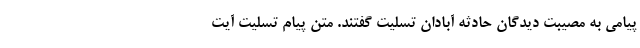
پیامی به مصیبت دیدگان حادثه آبادان تسلیت گفتند. متن پیام تسلیت آیت